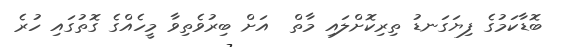
ބޮޑާކަމުގެ ފިޔަގަނޑު ތިރިކޮށްލައި މާތް  އަށް ބިރުވެތިވާ މީހެއްގެ ގޮތުގައި ހުރެ